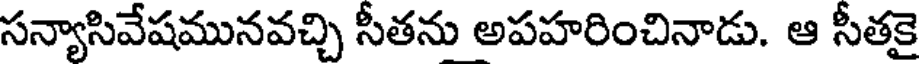
సన్యాసివేషమునవచ్చి సీతను అపహరించినాడు. ఆ సీతకై